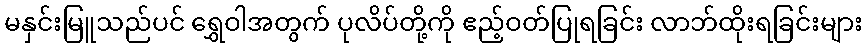
မနှင်းမြူသည်ပင် ရွှေဝါအတွက် ပုလိပ်တို့ကို ဧည့်ဝတ်ပြုရခြင်း လာဘ်ထိုးရခြင်းများ